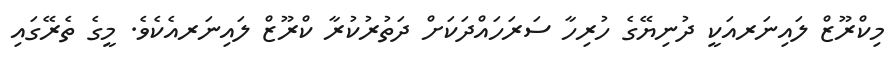
މިކްރޫޒް ލައިނަރއަކީ ދުނިޔޭގެ ހުރިހާ ސަރަހައްދަކަށް ދަތުރުކުރާ ކްރޫޒް ލައިނަރއެކެވެ. މީގެ ތެރޭގައި